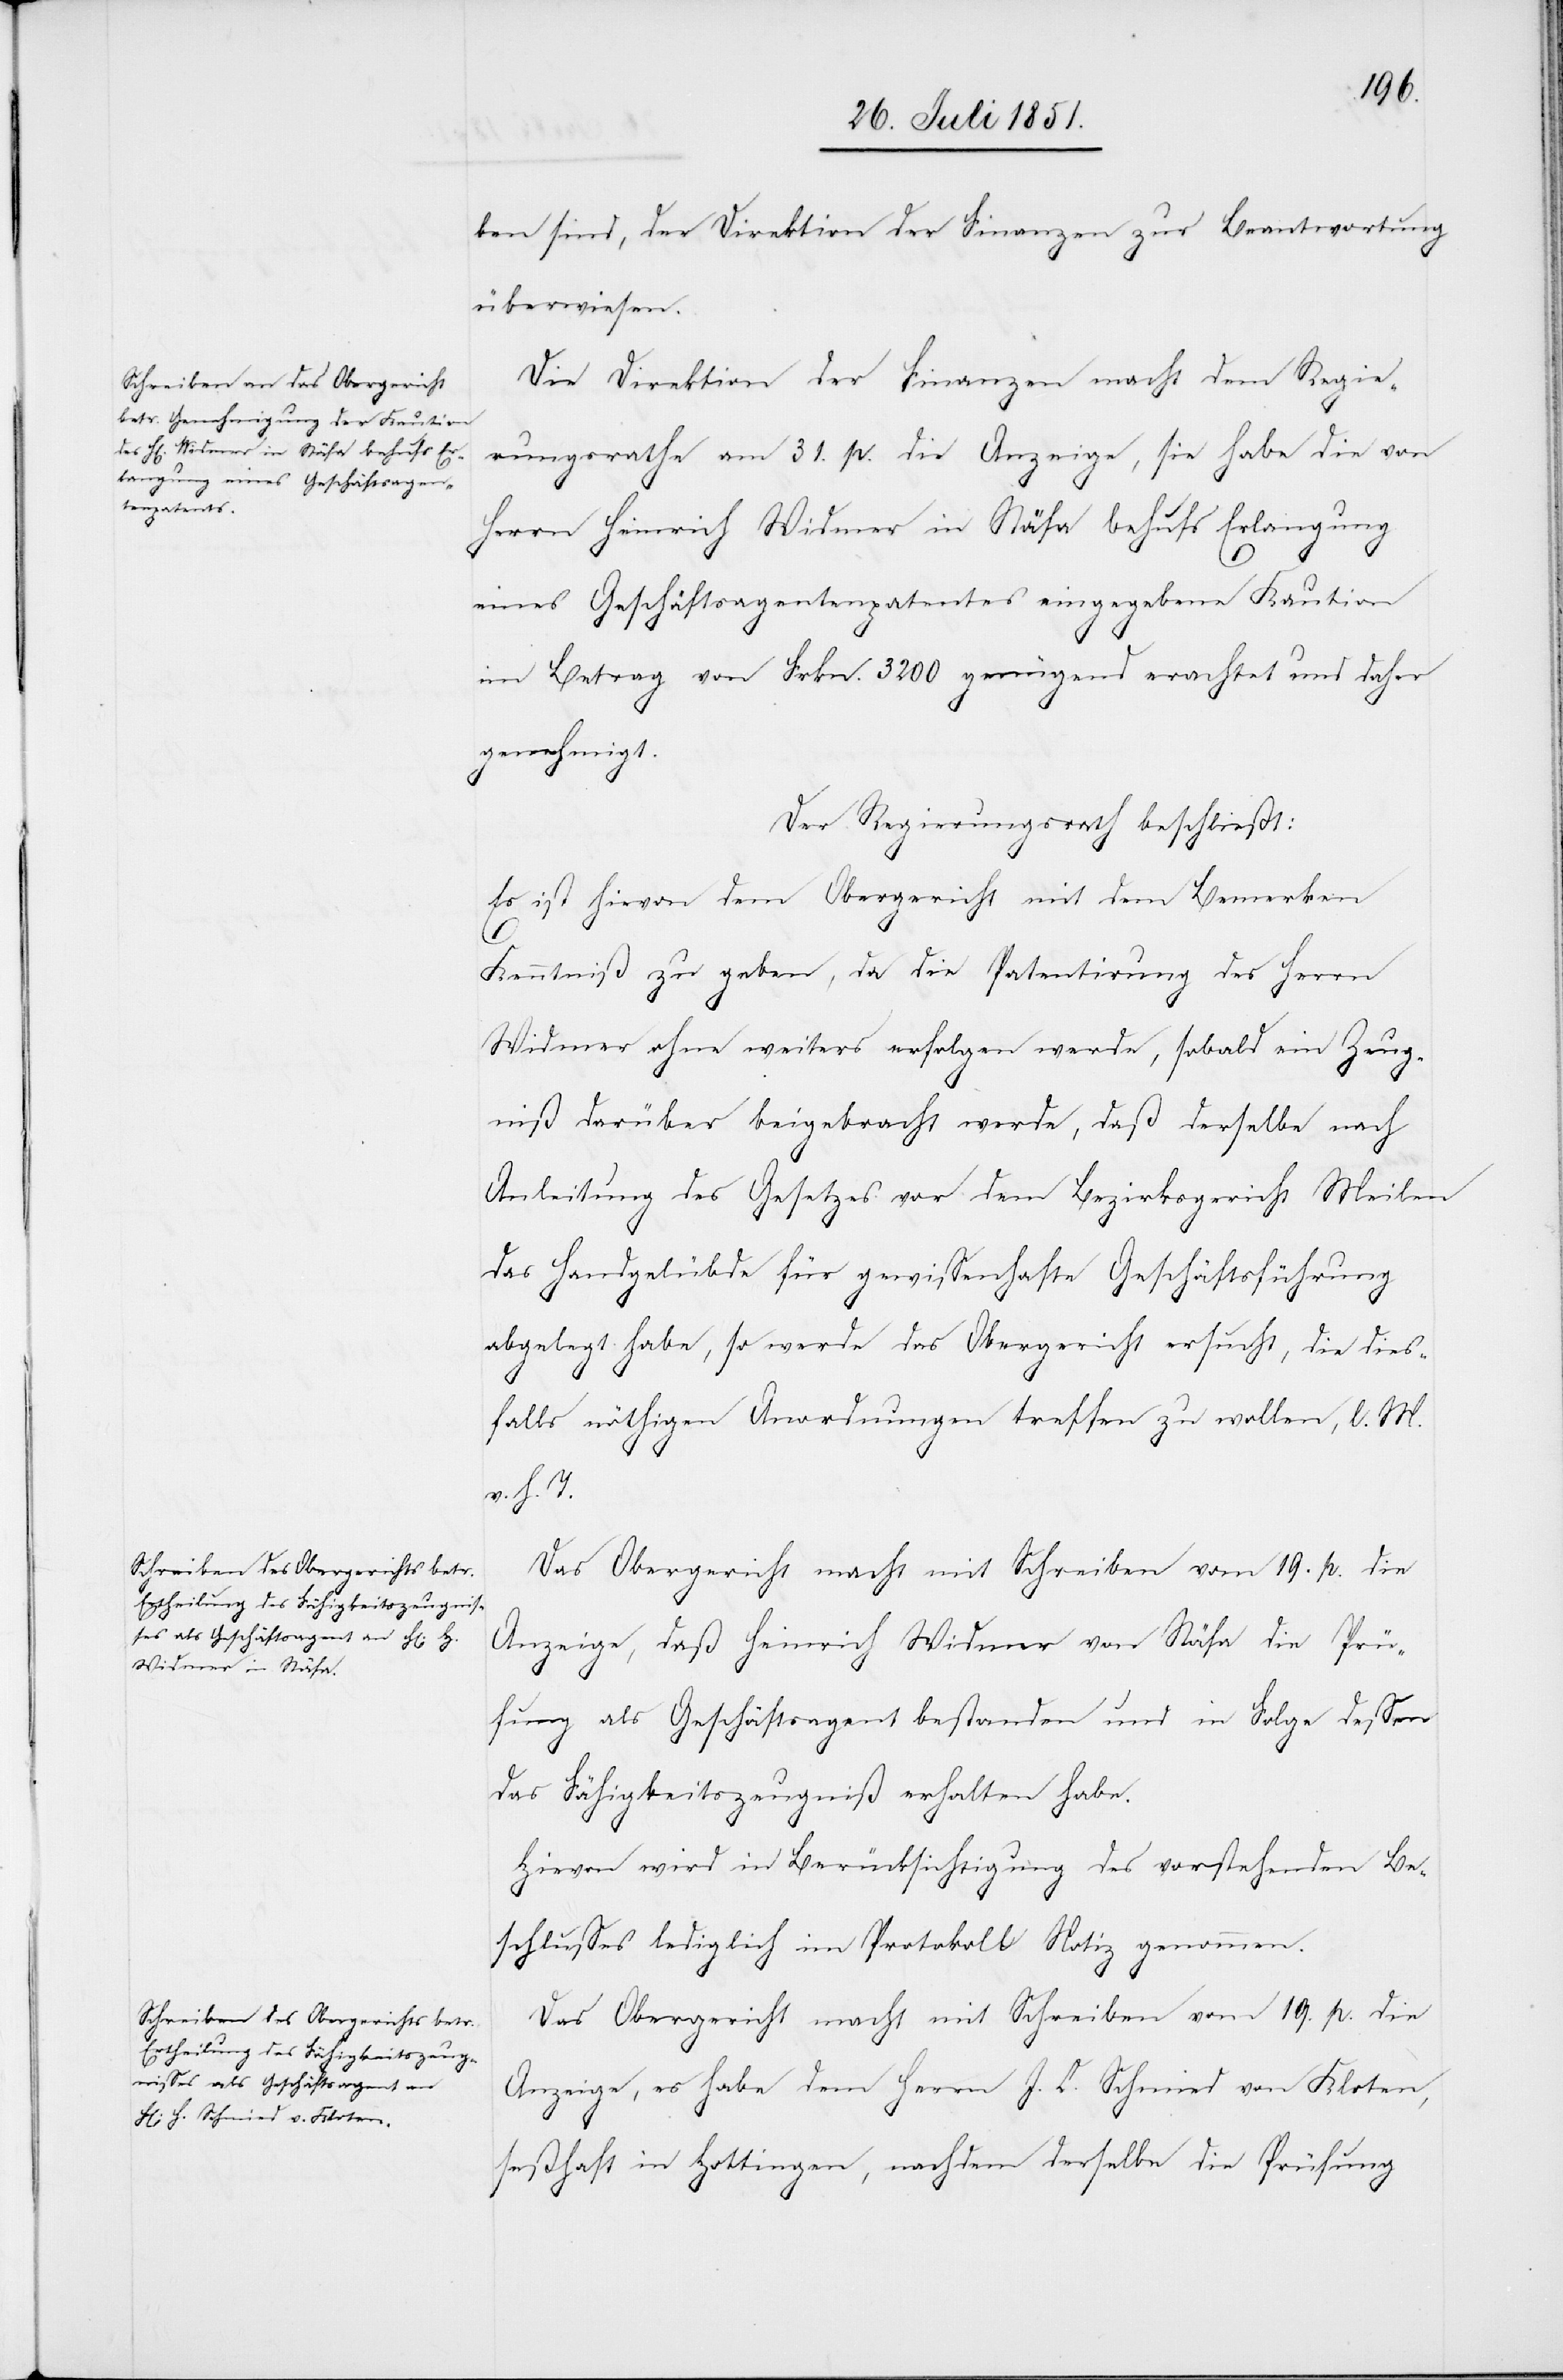
ben sind, der Direktion der Finanzen zur Beantwortung
überwiesen.
Die Direktion der Finanzen macht dem Regie¬
rungsrathe am 31. p. die Anzeige, sie habe die von
Herrn Heinrich Widmer in Stäfa behufs Erlangung
eines Geschäftsagentenpatentes eingegebene Kaution
im Betrag von Frkn. 3200 genügend erachtet und daher
genehmigt.
Der Regierungsrath beschließt:
Es ist hievon dem Obergericht mit dem Bemerken
1.
Kenntniß zu geben, da die Patentirung des Herrn
Widmer ohne weiters erfolgen werde, sobald ein Zeug¬
niß darüber beigebracht werde, daß derselbe nach
Anleitung des Gesetzes vor dem Bezirksgericht Meilen
das Handgelübde für gewissenhafte Geschäftsführung
abgelegt habe, so werde das Obergericht ersucht, die dies¬
falls nöthigen Anordnungen treffen zu wollen, l. M.
v. h. T.
Das Obergericht macht mit Schreiben vom 19. p. die
Anzeige, daß Heinrich Widmer von Stäfa die Prü¬
fung als Geschäftsagent bestanden und in Folge dessen
das Fähigkeitszeugniß erhalten habe.
Hievon wird in Berücksichtigung des vorstehenden Be¬
schlusses lediglich im Protokoll Notiz genommen.
Das Obergericht macht mit Schreiben vom 19. p. die
Anzeige, es habe dem Herrn J. C. Schmied von Kloten,
seßhaft in Hottingen, nachdem derselbe die Prüfung